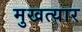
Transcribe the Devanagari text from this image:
मुखत्यार